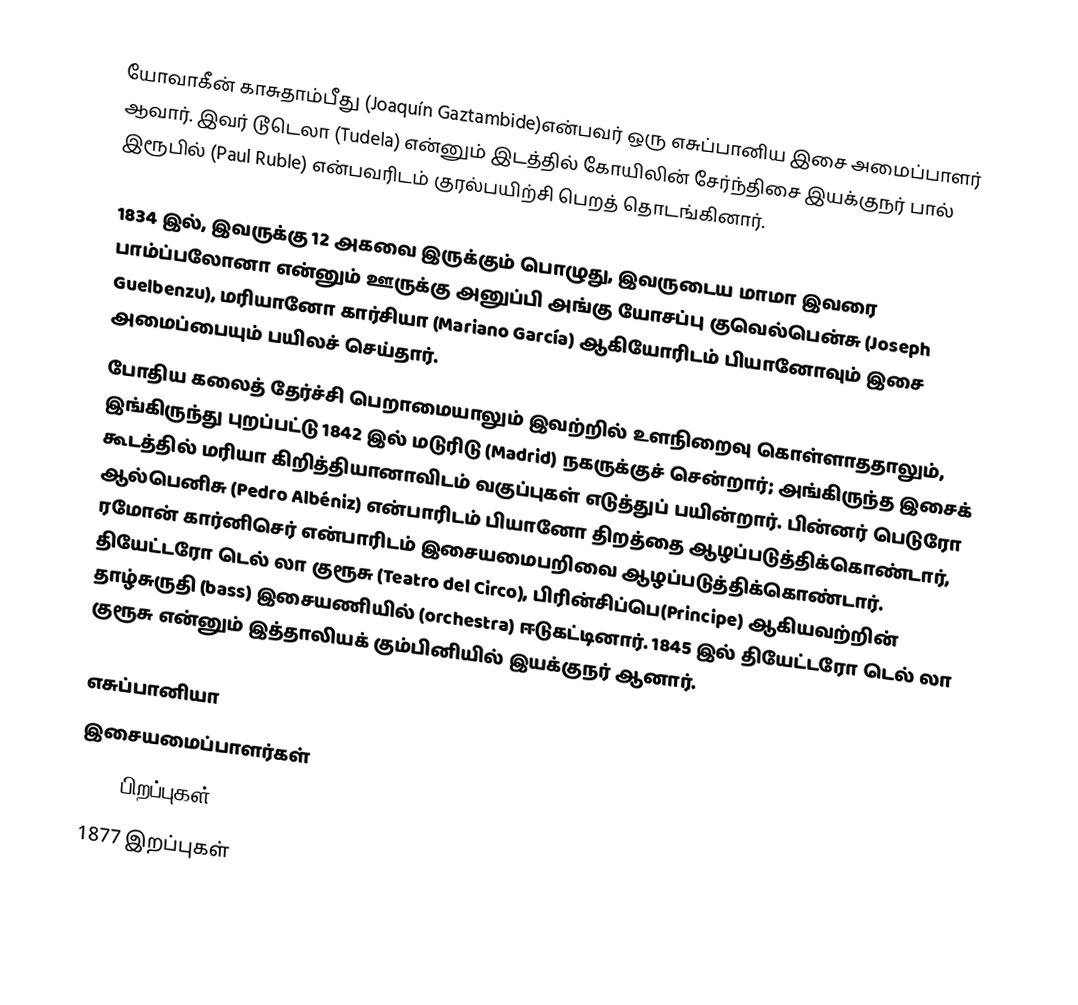
யோவாகீன் காசுதாம்பீது (Joaquín Gaztambide)என்பவர் ஒரு எசுப்பானிய இசை அமைப்பாளர் ஆவார். இவர் டூடெலா (Tudela) என்னும் இடத்தில் கோயிலின் சேர்ந்திசை இயக்குநர் பால் இரூபில் (Paul Ruble) என்பவரிடம் குரல்பயிற்சி பெறத் தொடங்கினார்.

1834 இல், இவருக்கு 12 அகவை இருக்கும் பொழுது, இவருடைய மாமா இவரை பாம்ப்பலோனா என்னும் ஊருக்கு அனுப்பி அங்கு யோசப்பு குவெல்பென்சு (Joseph Guelbenzu), மரியானோ கார்சியா (Mariano García) ஆகியோரிடம் பியானோவும் இசை அமைப்பையும் பயிலச் செய்தார்.
போதிய கலைத் தேர்ச்சி பெறாமையாலும் இவற்றில் உளநிறைவு கொள்ளாததாலும், இங்கிருந்து புறப்பட்டு 1842 இல் மடுரிடு (Madrid) நகருக்குச் சென்றார்; அங்கிருந்த இசைக் கூடத்தில் மரியா கிறித்தியானாவிடம் வகுப்புகள் எடுத்துப் பயின்றார். பின்னர் பெடுரோ ஆல்பெனிசு (Pedro Albéniz) என்பாரிடம் பியானோ திறத்தை ஆழப்படுத்திக்கொண்டார், ரமோன் கார்னிசெர் என்பாரிடம் இசையமைபறிவை ஆழப்படுத்திக்கொண்டார். தியேட்டரோ டெல் லா குரூசு (Teatro del Circo), பிரின்சிப்பெ(Principe) ஆகியவற்றின் தாழ்சுருதி (bass) இசையணியில் (orchestra) ஈடுகட்டினார். 1845 இல் தியேட்டரோ டெல் லா குரூசு என்னும் இத்தாலியக் கும்பினியில் இயக்குநர் ஆனார்.

எசுப்பானியா
இசையமைப்பாளர்கள்
1825 பிறப்புகள்
1877 இறப்புகள்